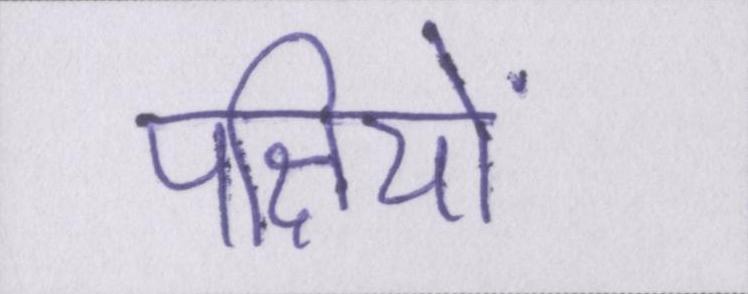
पक्षियों